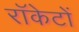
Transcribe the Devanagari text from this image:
राॅकेटों